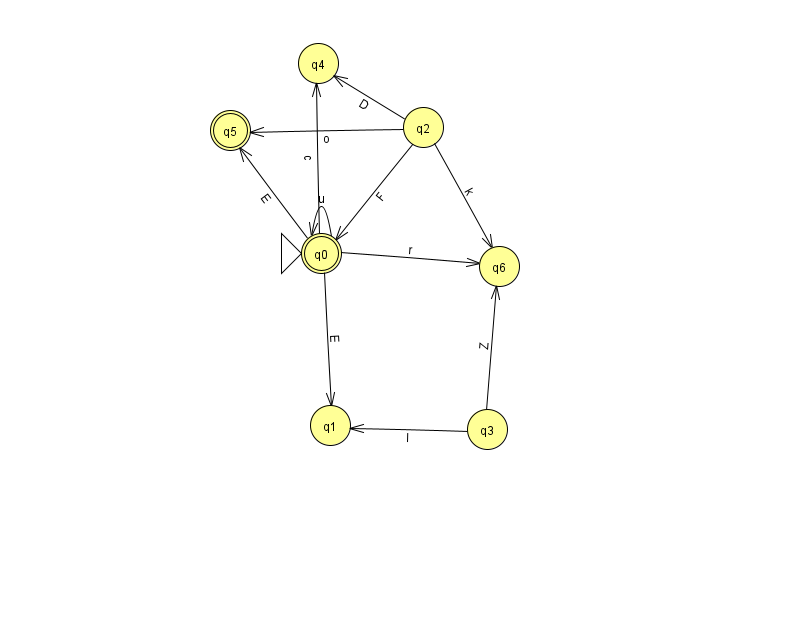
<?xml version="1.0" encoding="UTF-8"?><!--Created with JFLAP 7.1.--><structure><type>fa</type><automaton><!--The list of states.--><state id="0" name="q0"><x>321.0</x><y>240.0</y><initial/><final/></state><state id="1" name="q1"><x>330.0</x><y>412.0</y></state><state id="2" name="q2"><x>423.0</x><y>114.0</y></state><state id="3" name="q3"><x>487.0</x><y>416.0</y></state><state id="4" name="q4"><x>318.0</x><y>50.0</y></state><state id="5" name="q5"><x>230.0</x><y>117.0</y><final/></state><state id="6" name="q6"><x>499.0</x><y>253.0</y></state><!--The list of transitions.--><transition><from>3</from><to>1</to><read>I</read></transition><transition><from>0</from><to>0</to><read>u</read></transition><transition><from>0</from><to>4</to><read>c</read></transition><transition><from>0</from><to>6</to><read>r</read></transition><transition><from>2</from><to>6</to><read>k</read></transition><transition><from>2</from><to>5</to><read>o</read></transition><transition><from>3</from><to>6</to><read>Z</read></transition><transition><from>0</from><to>5</to><read>E</read></transition><transition><from>2</from><to>4</to><read>D</read></transition><transition><from>0</from><to>1</to><read>E</read></transition><transition><from>2</from><to>0</to><read>F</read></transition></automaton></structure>